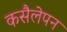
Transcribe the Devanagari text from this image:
कसैलेपन